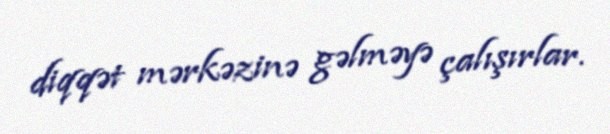
diqqət mərkəzinə gəlməyə çalışırlar.